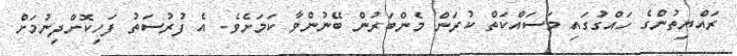
ރައްޔިތުންގެ ހައްގުގައި މަސައްކަތް ކުރަން މެންބަރުން ބޭނުންވާ ކަމަށެވެ. އެ ފުރުސަތު ފަހިކޮށްދިނުމަށް